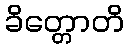
ခိတ္တောတိ